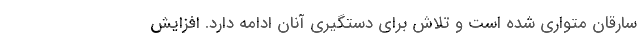
سارقان متواری شده است و تلاش برای دستگیری آنان ادامه دارد. افزایش